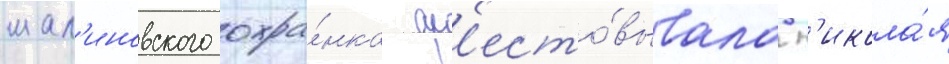
мал'иновского охра́нка ар'есто́вывала н'икола́я